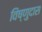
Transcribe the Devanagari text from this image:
विंष्णुदास